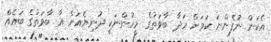
އެކަން ނުފެންނަ ކަމަށް ހަދާ ބާވަތުގެ މީހުންނަކީ ދުނިޔެއަށް އާ ބާވަތުގެ ބައެއް